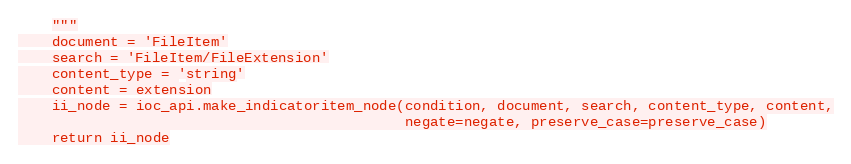
Language: Python
    """
    document = 'FileItem'
    search = 'FileItem/FileExtension'
    content_type = 'string'
    content = extension
    ii_node = ioc_api.make_indicatoritem_node(condition, document, search, content_type, content,
                                              negate=negate, preserve_case=preserve_case)
    return ii_node